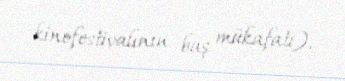
kinofestivalının baş mükafatı).